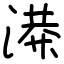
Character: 𫞙